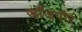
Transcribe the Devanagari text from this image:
जाँजगीर